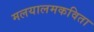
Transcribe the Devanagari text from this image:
मलयालमकविता